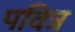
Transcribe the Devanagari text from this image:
पवित्र